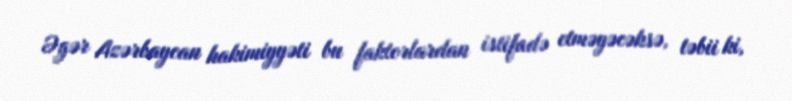
Əgər Azərbaycan hakimiyyəti bu faktorlardan istifadə etməyəcəksə, təbii ki,